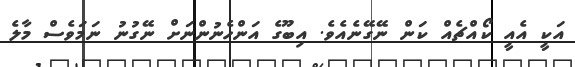
އަކީ އެއީ ކޯއްޗެއް ކަން ނޭގޭނެއެވެ. އިބޫގެ އަންހެނުންނަށް ނޭގުނު ނަމަވެސް މާލެ